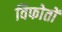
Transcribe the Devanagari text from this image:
विफोतों